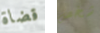
قضاة شخص